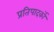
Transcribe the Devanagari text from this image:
प्रतिपादर्को